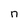
Character: n